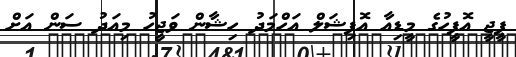
ޕީޖީ އޮފީހުގެ މީޑިއާ އޮފިޝަލް އަހްމަދު ހިޝާން ވަޖީހު މިއަދު ސަން އަށް